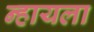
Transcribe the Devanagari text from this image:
न्हायला